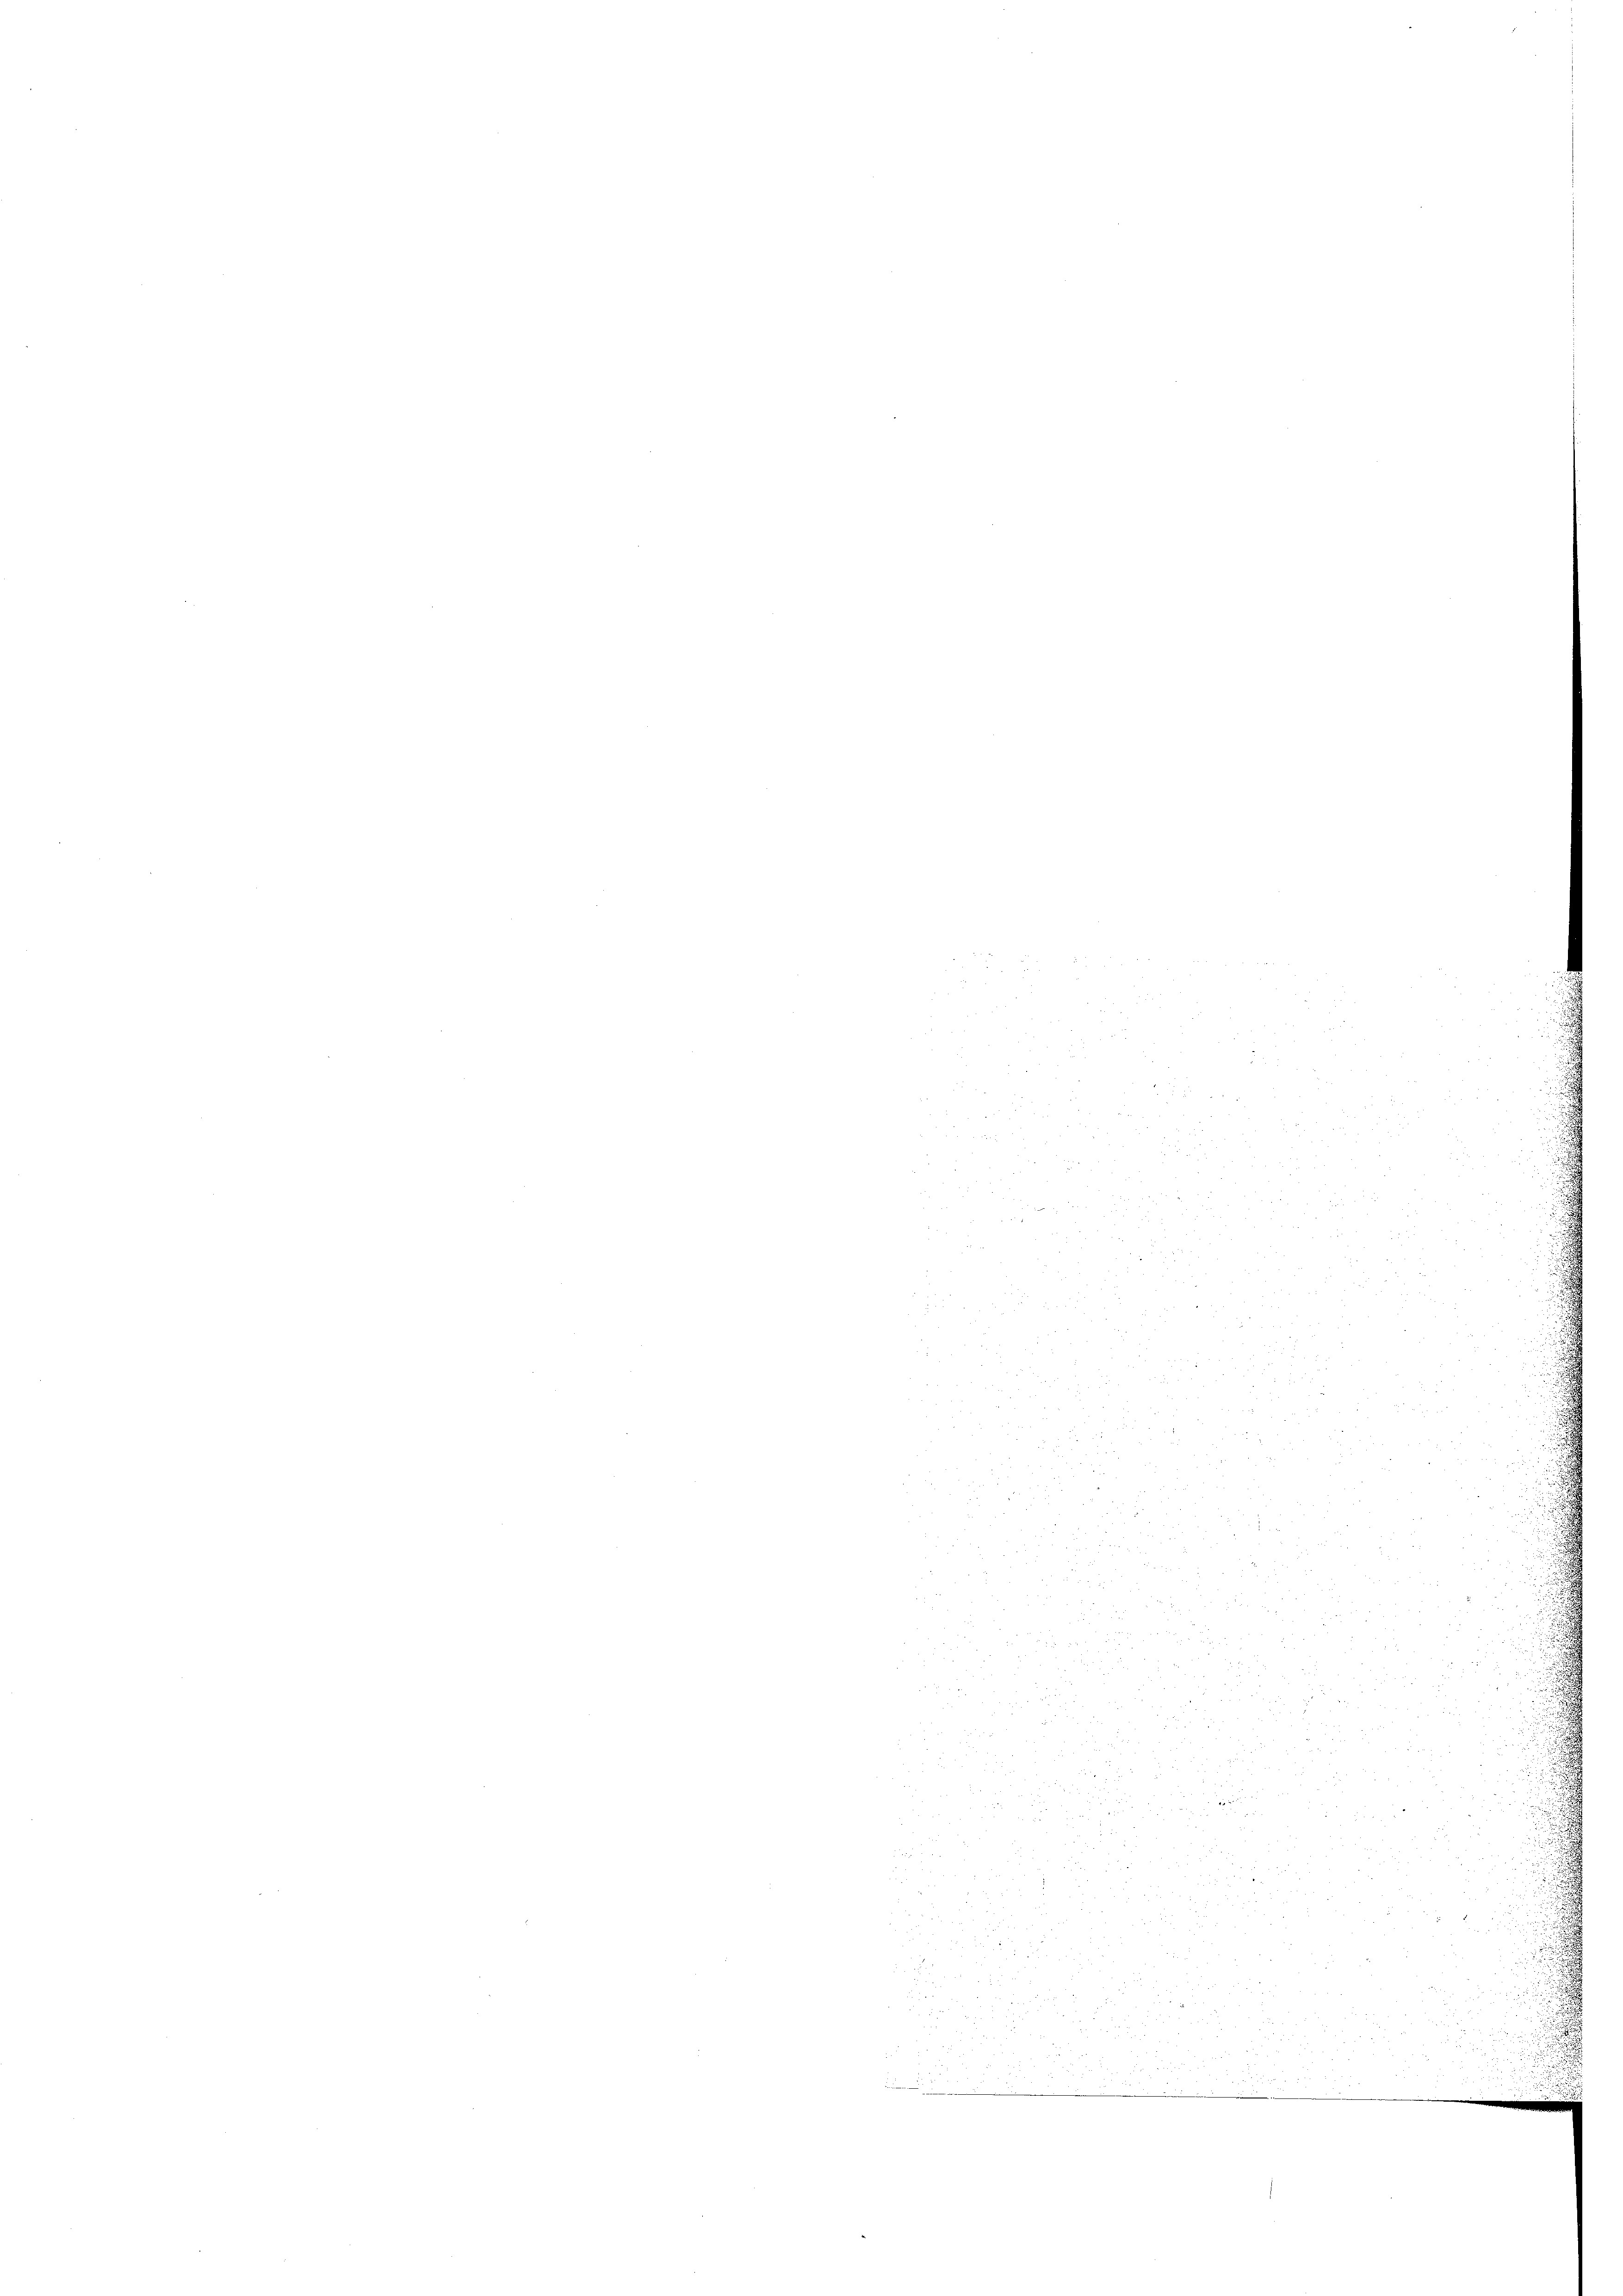
.
u
r
ru
 2
2
 0 f 4 x
5
.
 x
355
e
  vor den

 9
2

.

5
1
u
 f 8 x

 f 28 x

2

2

 5
.
d
d
.

2
25
d
d
d
51
.
52
u
.

2 f 0 x

55

 500

n
 xx
e

3

 er den
n
u

x
 Fulter
325. der
n

d
a

x x

g

v
.